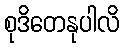
စုဒိတေနုပါလိ